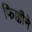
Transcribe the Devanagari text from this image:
फिक्कीने